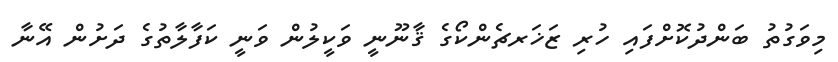
މިވަގުތު ބަންދުކޮށްފައި ހުރި ޒަޚަރޗެންކޯގެ ޤާނޫނީ ވަކީލުން ވަނީ ކަފާލާތުގެ ދަށުން އޭނާ